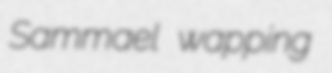
Sammael wapping